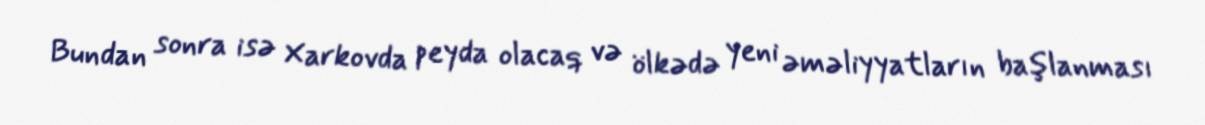
Bundan sonra isə Xarkovda peyda olacaq və ölkədə yeni əməliyyatların başlanması